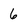
Character: 6